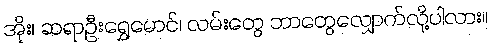
အိုး၊ ဆရာဦးရွှေမောင်၊ လမ်းတွေ ဘာတွေလျှောက်လို့ပါလား။